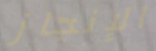
الإنجاز